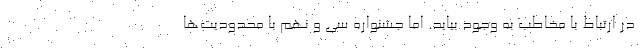
در ارتباط با مخاطب به وجود بیاید. اما جشنواره سی و نهم با محدودیت‌ها